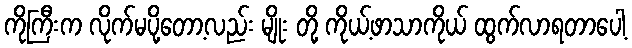
ကိုကြီးက လိုက်မပို့တော့လည်း မျိုး တို့ ကိုယ့်ဖာသာကိုယ် ထွက်လာရတာပေါ့